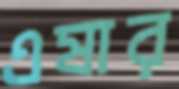
এষার